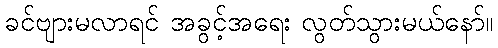
ခင်ဗျားမလာရင် အခွင့်အရေး လွတ်သွားမယ်နော်။